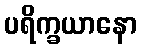
ပရိက္ခယာနော